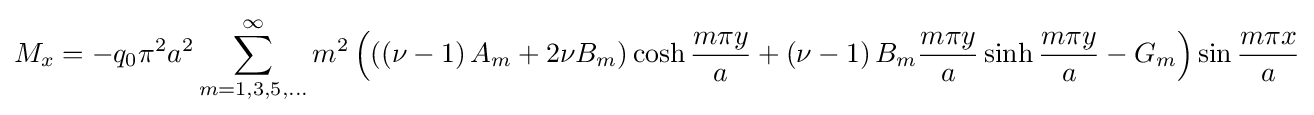
M_{x}=-q_{0}\pi ^{2}a^{2}\sum _{m=1,3,5,...}^{\infty }m^{2}\left(\left(\left(\nu -1\right)A_{m}+2\nu B_{m}\right)\cosh {\frac {m\pi y}{a}}+\left(\nu -1\right)B_{m}{\frac {m\pi y}{a}}\sinh {\frac {m\pi y}{a}}-G_{m}\right)\sin {\frac {m\pi x}{a}}